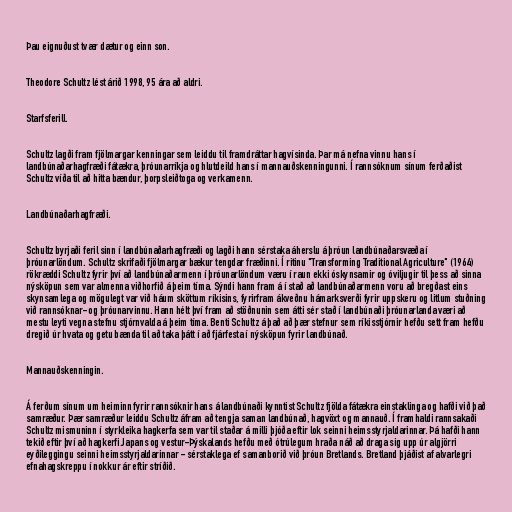
Þau eignuðust tvær dætur og einn son.

Theodore Schultz lést árið 1998, 95 ára að aldri.

Starfsferill.

Schultz lagði fram fjölmargar kenningar sem leiddu til framdráttar hagvísinda. Þar má nefna vinnu hans í
landbúnaðarhagfræði fátækra, þróunarríkja og hlutdeild hans í mannauðskenningunni. Í rannsóknum sínum ferðaðist
Schultz víða til að hitta bændur, þorpsleiðtoga og verkamenn.

Landbúnaðarhagfræði.

Schultz byrjaði feril sinn í landbúnaðarhagfræði og lagði hann sérstaka áherslu á þróun landbúnaðarsvæða í
þróunarlöndum. Schultz skrifaði fjölmargar bækur tengdar fræðinni. Í ritinu "Transforming Traditional Agriculture" (1964)
rökræddi Schultz fyrir því að landbúnaðarmenn í þróunarlöndum væru í raun ekki óskynsamir og óviljugir til þess að sinna
nýsköpun sem var almenna viðhorfið á þeim tíma. Sýndi hann fram á í stað að landbúnaðarmenn voru að bregðast eins
skynsamlega og mögulegt var við háum sköttum ríkisins, fyrirfram ákveðnu hámarksverði fyrir uppskeru og litlum stuðning
við rannsóknar- og þróunarvinnu. Hann hélt því fram að stöðnunin sem átti sér stað í landbúnaði þróunarlanda væri að
mestu leyti vegna stefnu stjórnvalda á þeim tíma. Benti Schultz á það að þær stefnur sem ríkisstjórnir hefðu sett fram hefðu
dregið úr hvata og getu bænda til að taka þátt í að fjárfesta í nýsköpun fyrir landbúnað.

Mannauðskenningin.

Á ferðum sínum um heiminn fyrir rannsóknir hans á landbúnaði kynntist Schultz fjölda fátækra einstaklinga og hafði við það
samræður. Þær samræður leiddu Schultz áfram að tengja saman landbúnað, hagvöxt og mannauð. Í framhaldi rannsakaði
Schultz mismuninn í styrkleika hagkerfa sem var til staðar á milli þjóða eftir lok seinni heimsstyrjaldarinnar. Þá hafði hann
tekið eftir því að hagkerfi Japans og vestur-Þýskalands hefðu með ótrúlegum hraða náð að draga sig upp úr algjörri
eyðileggingu seinni heimsstyrjaldarinnar - sérstaklega ef samanborið við þróun Bretlands. Bretland þjáðist af alvarlegri
efnahagskreppu í nokkur ár eftir stríðið.